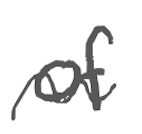
Text: of
Cross-out: wave
Writing tool: digital_gray